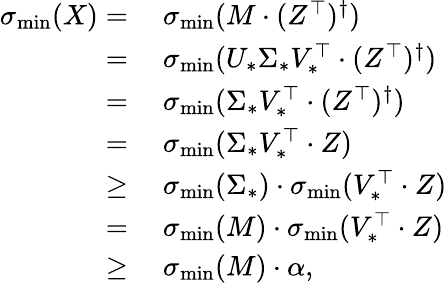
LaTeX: \begin{array}{rl}{\sigma_{\operatorname*{min}}(X)=}&{~\sigma_{\operatorname*{min}}(M\cdot(Z^{\top})^{\dagger})}\\ {=}&{~\sigma_{\operatorname*{min}}(U_{*}\Sigma_{*}V_{*}^{\top}\cdot(Z^{\top})^{\dagger})}\\ {=}&{~\sigma_{\operatorname*{min}}(\Sigma_{*}V_{*}^{\top}\cdot(Z^{\top})^{\dagger})}\\ {=}&{~\sigma_{\operatorname*{min}}(\Sigma_{*}V_{*}^{\top}\cdot Z)}\\ {\geq}&{~\sigma_{\operatorname*{min}}(\Sigma_{*})\cdot\sigma_{\operatorname*{min}}(V_{*}^{\top}\cdot Z)}\\ {=}&{~\sigma_{\operatorname*{min}}(M)\cdot\sigma_{\operatorname*{min}}(V_{*}^{\top}\cdot Z)}\\ {\geq}&{~\sigma_{\operatorname*{min}}(M)\cdot\alpha,}\end{array}